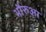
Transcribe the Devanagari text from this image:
भौरुआ